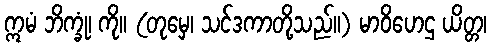
ဣမံ ဘိက္ခုံ၊ ကို။ (တုမှေ၊ သင်ဒကာတို့သည်။) မာဝိဟေဌ ယိတ္တ၊